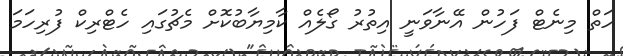
ހަތް މިނެޓް ފަހުން އޭނާވަނީ އިތުރު ގޯލެއް ކާމިޔާބުކޮށް މެޗުގައި ހެޓްރިކް ފުރިހަމަ